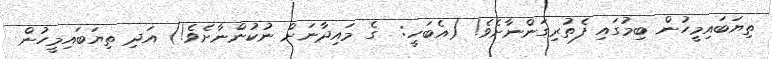
ތިޔަބައިމީހުން ބިމުގައި ފެތުރިގަންނާށެވެ! (އެބަހީ:  ގެ މައިދާނަށް ނުކުންނާށެވެ!) އަދި ތިޔަބައިމީހުން